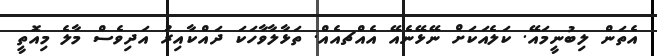
އެތަން ލިބުނީމައޭ. ކަލެއަކަށް ނޭޅޭނެއޭ އެއްޗއެއް. ތަޅާލާވާހަކަ ދައްކާއިރު އަދިވެސް މާލެ މިއޮތީ